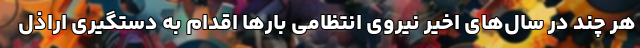
هر چند در سال‌های اخیر نیروی انتظامی بارها اقدام به دستگیری اراذل